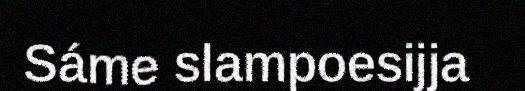
Sáme slampoesijja